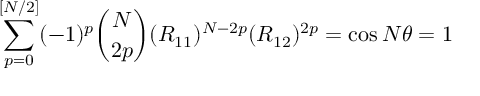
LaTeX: \sum _ { p = 0 } ^ { [ N / 2 ] } ( - 1 ) ^ { p } { \binom { N } { 2 p } } ( R _ { 1 1 } ) ^ { N - 2 p } ( R _ { 1 2 } ) ^ { 2 p } = \cos N \theta = 1